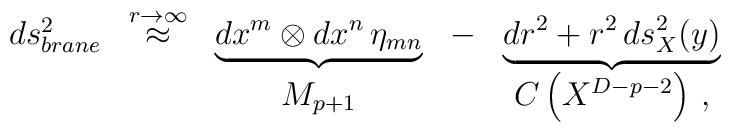
\begin{array}{ccccc}ds^2_{brane} &\stackrel{r\to \infty}{\approx} &\underbrace{dx^m \otimes dx^n \,\eta_{m n}} & - & \underbrace{dr^2 +r^2 \, ds^2_{X}(y)}\\\null & \null & M_{p+1} & \null & C\left (X^{D-p-2}\right)\,,\end{array}